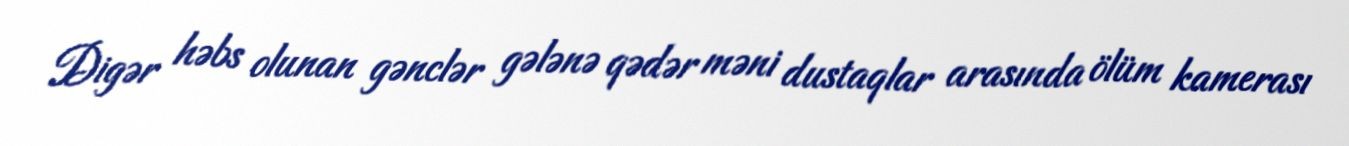
Digər həbs olunan gənclər gələnə qədər məni dustaqlar arasında ölüm kamerası